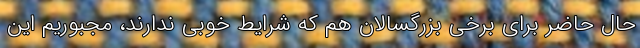
حال حاضر برای برخی بزرگسالان هم که شرایط خوبی ندارند، مجبوریم این